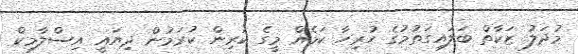
މުދަލު ޒަކާތް ބަލައިގަތުމުގެ ހުރިހާ ކަމެއް މީގެ ކުރިން ކުރަމުން ދިޔައީ އިސްލާމިކް